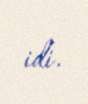
idi.